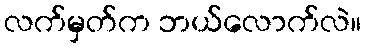
လက်မှတ်က ဘယ်လောက်လဲ။